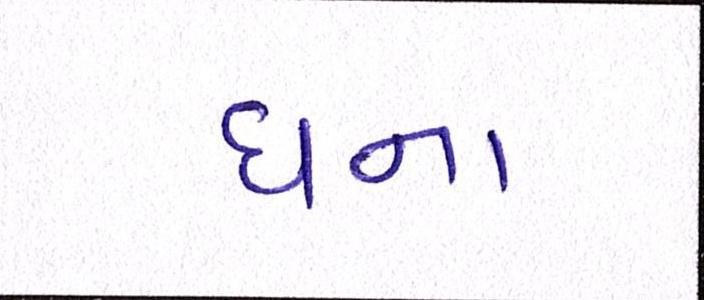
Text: ઘના